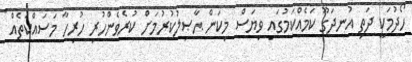
ހޯދުމަކީ ދަތި އުނދަގޫ ކަމެއްކަމުގައި ވިޔަސް މިކަން ޙާޞިލުކުރުމަށް ކުރެވެންހުރި ހުރިހާ މަސައްކަތެއް